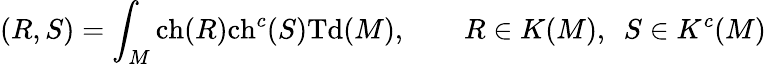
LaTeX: (R,S)=\int_{M}\mathrm{ch}(R)\mathrm{ch}^{c}(S)\mathrm{Td}(M),\qquad R\in K(M),~~S\in K^{c}(M)